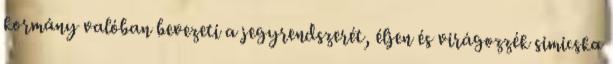
kormány valóban bevezeti a jegyrendszerét, éljen és virágozzék simicska